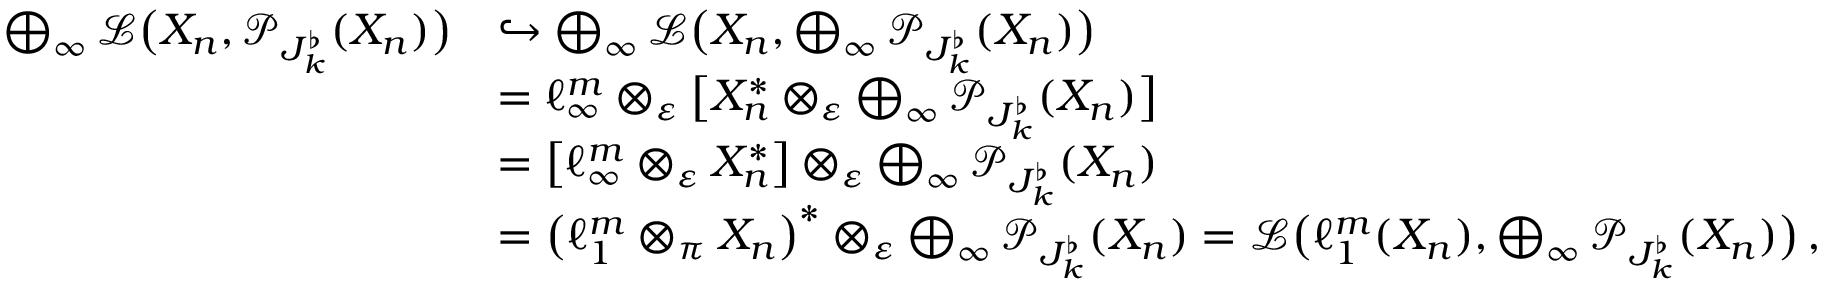
\begin{array} { r l } { \bigoplus _ { \infty } \mathcal { L } \big ( X _ { n } , \mathcal { P } _ { J _ { k } ^ { \flat } } ( X _ { n } ) \big ) } & { \hookrightarrow \bigoplus _ { \infty } \mathcal { L } \big ( X _ { n } , \bigoplus _ { \infty } \mathcal { P } _ { J _ { k } ^ { \flat } } ( X _ { n } ) \big ) } \\ & { = \ell _ { \infty } ^ { m } \otimes _ { \varepsilon } \big [ X _ { n } ^ { \ast } \otimes _ { \varepsilon } \bigoplus _ { \infty } \mathcal { P } _ { J _ { k } ^ { \flat } } ( X _ { n } ) \big ] } \\ & { = \big [ \ell _ { \infty } ^ { m } \otimes _ { \varepsilon } X _ { n } ^ { \ast } \big ] \otimes _ { \varepsilon } \bigoplus _ { \infty } \mathcal { P } _ { J _ { k } ^ { \flat } } ( X _ { n } ) } \\ & { = \big ( \ell _ { 1 } ^ { m } \otimes _ { \pi } X _ { n } \big ) ^ { \ast } \otimes _ { \varepsilon } \bigoplus _ { \infty } \mathcal { P } _ { J _ { k } ^ { \flat } } ( X _ { n } ) = \mathcal { L } \big ( \ell _ { 1 } ^ { m } ( X _ { n } ) , \bigoplus _ { \infty } \mathcal { P } _ { J _ { k } ^ { \flat } } ( X _ { n } ) \big ) \, , } \end{array}